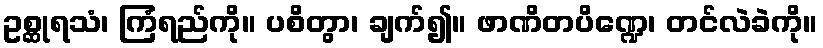
ဥစ္ဆုရသံ၊ ကြံရည်ကို။ ပစိတွာ၊ ချက်၍။ ဖာဏိတပိဏ္ဍေ၊ တင်လဲခဲကို။